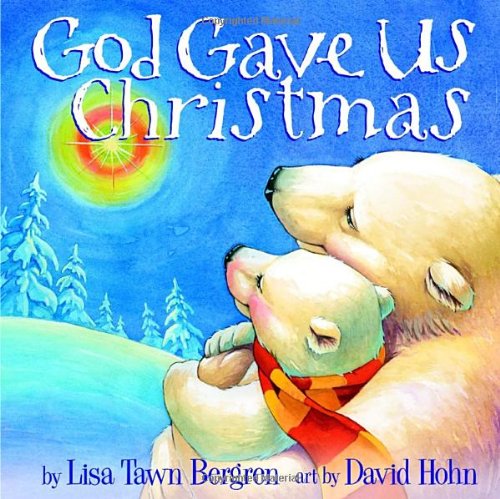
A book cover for God Gave Us Christmas; Lisa Tawn Bergren; Christian Books & Bibles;